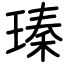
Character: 瑧